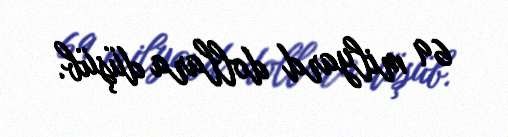
69 milyard dollara düşüb.